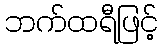
ဘက်ထရီဖြင့်